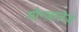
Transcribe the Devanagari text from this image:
गोन्ज़ालेज़